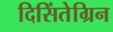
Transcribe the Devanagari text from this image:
दिसिंतेग्रिन